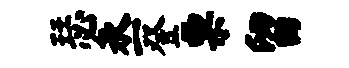
瑟丞登票留